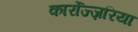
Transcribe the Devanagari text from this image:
कार्रोज्ज़रिया